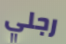
رجلي